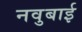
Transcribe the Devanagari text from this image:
नवुबाई